DOW-UAP-D23, Mission Report, United Arab Emirates, October 2023
Agency: Department of War
Incident date: 10/31/23
Incident location: Persian Gulf
Page 4
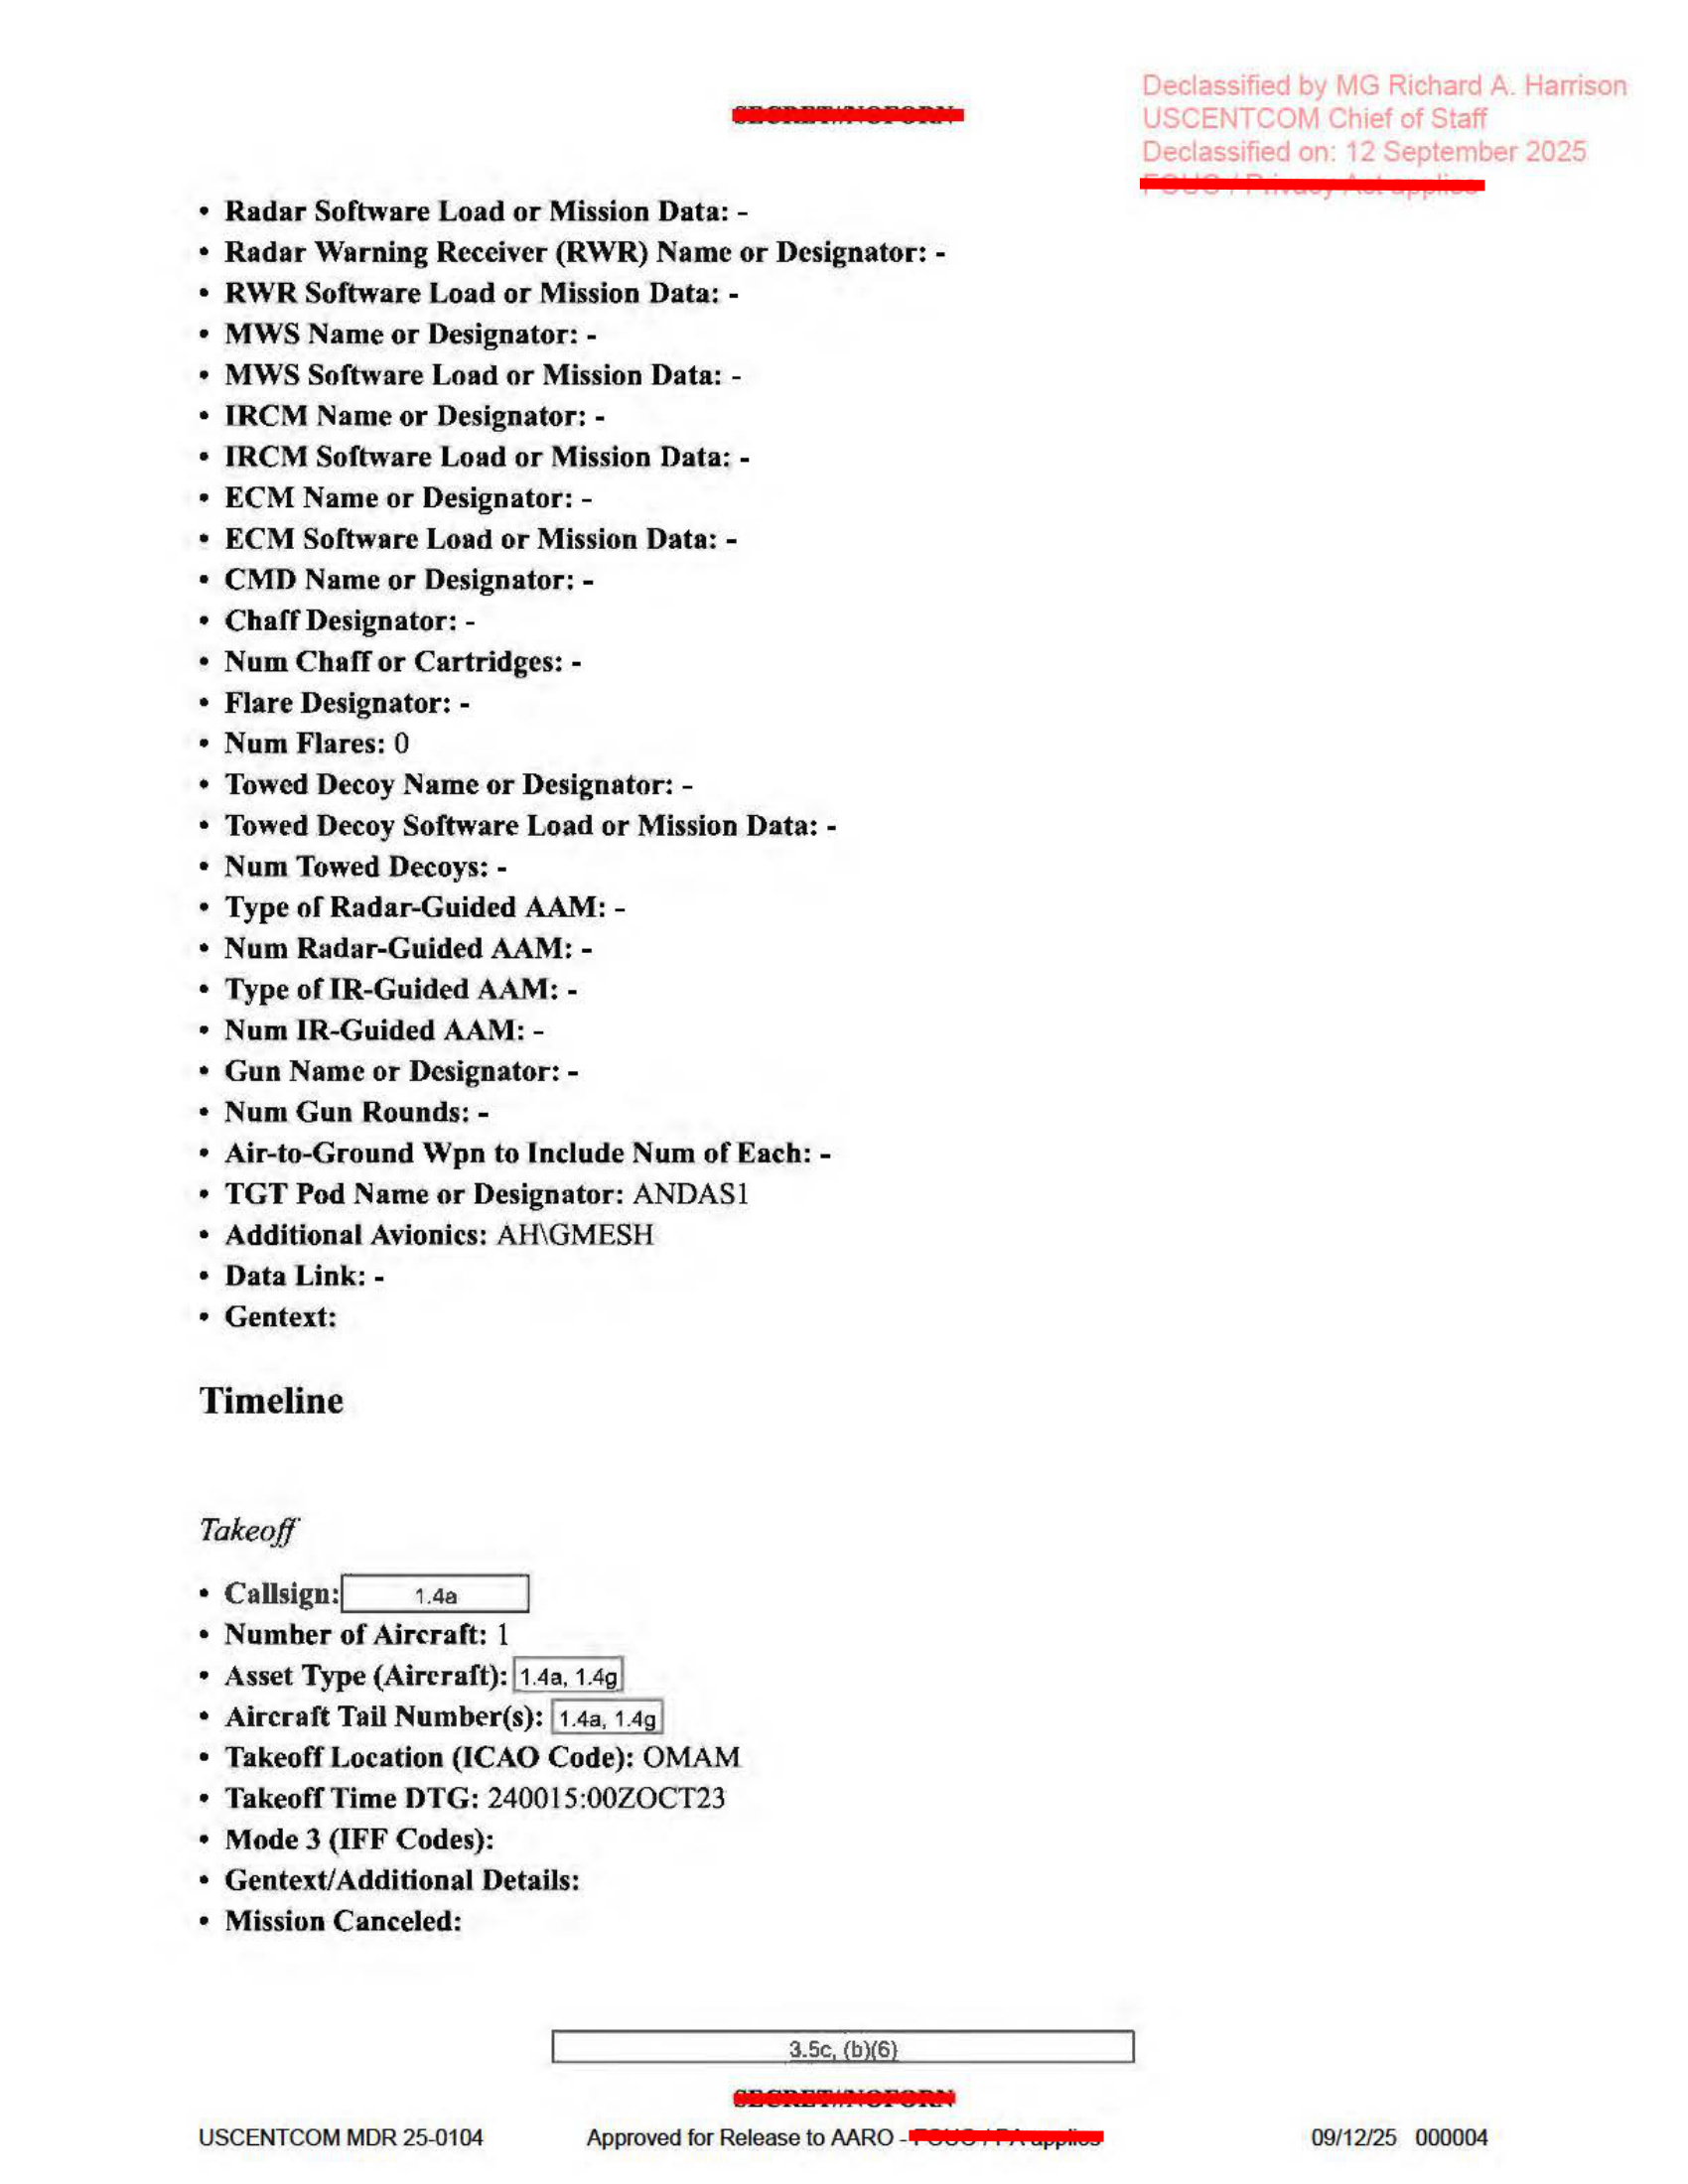